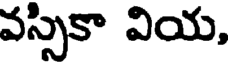
వస్సికా వియ,